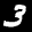
Label: 3